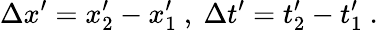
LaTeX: \Delta x^{\prime}=x_{2}^{\prime}-x_{1}^{\prime}\ ,\ \Delta t^{\prime}=t_{2}^{\prime}-t_{1}^{\prime}\ .